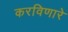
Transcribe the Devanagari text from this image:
करविणारे